Report on sanitation, dispensaries, and jails in Rajputana for 1909, and on vaccination for the year 1909-1910 - 1909-1910
Year: 1909
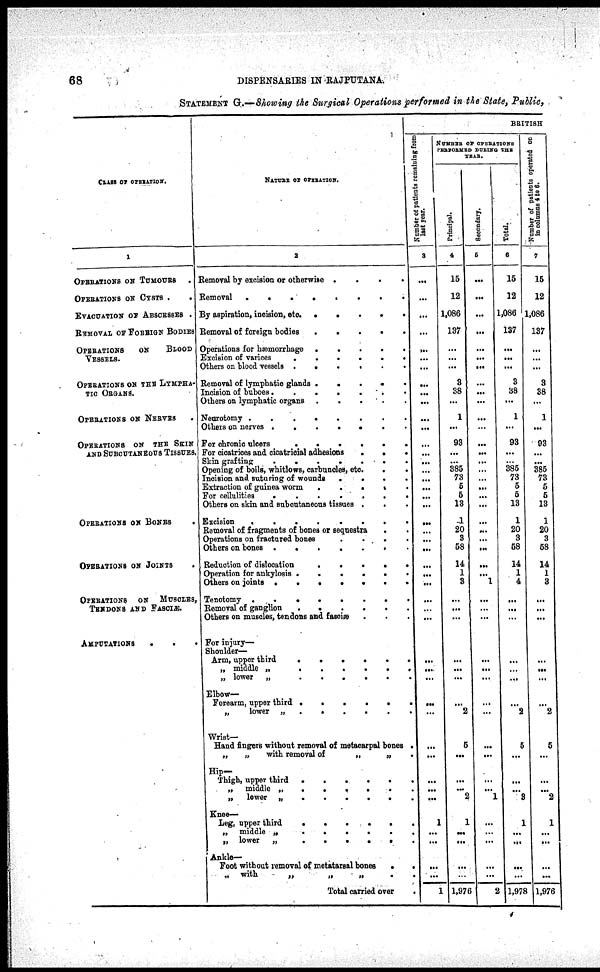
68
DISPENSARIES IN RAJPUTANA.
STATEMENT G.—Showing the Surgical Operations performed in the State, Public,
CLASS OF OPERATION.
1
OPERATIONS OF TUMOURS
OPERATIONS OF CYSTS .
.
EVACUATION OF ABSCESSES .
REMOVAL OF FOREIGN BODIES
OPERATIONS
ON
BLOOD
VESSELS.
OPERATIONS ON THE LYMPHA¬
TIC ORGANS.
OPERATIONS OF NERVES .
OPERATIONS ON THE SKIN
AND SUBCUTANEOUS TISSUES.
OPERATIONS ON BONES .
OPERATIONS ON JOINTS .
OPERATIONS
ON
MUSCLES,
TENDONS AND FASCIÆ.
AMPUTATIONS
NATURE OF OPERATION.
2
Removal by excision or otherwise .
.
.
.
Removal
.
.
.
.
.
.
.
.
By aspiration, incision, etc
.
.
.
.
.
Removal of foreign bodies
.
.
.
.
.
Operations for hæmarrhage
.
.
.
.
.
Excision of varices
.
.
.
.
.
.
Others on blood vessels .
.
.
.
.
.
Removal of lymphatic glands .
.
.
.
.
Incision of buboes . . . . . . .
Others on lymphatic organs .
.
. . .
Neurotomy
.
.
.
.
.
.
.
.
Others on nerves .
.
.
.
.
.
.
For chronic ulcers
.
.
.
.
.
.
For cicatrices and cicatricial adhesions
.
.
.
Skin grafting
.
.
.
.
.
.
.
Opening of boils, whitlows, carbuncles, etc.
. .
Incision and suturing of wounds .
.
.
Extraction of guinea worm
.
.
.
. .
For cellulities
.
.
.
.
.
.
.
Others on skin and subcutaneous tissues . . .
Excision
.
.
.
.
.
.
.
.
Removal of fragments of bones or sequestra . .
Operations on fractured bones
.
.
.
.
Others on bones . . . . . . . .
Reduction of dislocation
.
.
.
.
.
Operation for ankylosis .
.
.
.
.
.
Others on joints .
.
.
.
.
.
.
Tenotomy
.
.
.
.
.
.
.
.
.
.
Removal of ganglion
.
.
.
.
.
.
Others on muscles, tendons and fasciæ . . .
For injury—
Shoulder—
Arm, upper third
.
.
.
.
.
.
„ middle „ . . . . . .
„ lower „
.
.
.
.
.
.
Elbow—
Forearm, upper third . . . . . . .
„
lower „
.
.
.
.
.
.
Wrist—
Hand fingers without removal of metacarpal bones .
„
„
with removal of
„
„
.
Hip—
Thigh, upper third
.
.
.
.
.
.
„ middle „
.
.
.
.
.
„ lower „ . . . . . .
Knee—
Leg, upper third . . . . . .
„ middle „
.
.
.
.
.
.
„ lower „
.
.
.
.
.
.
Ankle—
Foot without removal of metatarsal bones
. .
„
With
„
„
„
. .
Total carried over .
BRITISH
Number of patients remaining from
3
...
...
...
...
...
...
...
...
...
...
...
...
...
...
...
...
...
...
...
...
...
...
...
...
...
...
...
...
...
...
...
...
...
...
...
...
...
...
...
...
1
...
...
...
...
1
NUMBER OF OPERATIONS
PERFORMED DURING THE
YEAR.
Principal.
4
15
12
1,086
137
...
...
...
3
38
...
1
...
93
...
...
385
73
5
5
13
1
20
3
58
14
1
3
...
...
...
...
...
...
...
2
5
...
...
...
2
1
...
...
...
...
1,976
Secondary.
5
...
...
...
...
...
...
...
...
...
...
...
...
...
...
...
...
...
...
...
...
...
...
...
...
...
...
1
...
...
...
...
...
...
...
...
...
...
...
...
1
...
...
...
...
...
2
Total.
6
15
12
1,086
137
...
...
...
3
38
...
1
...
93
...
...
385
73
5
5
13
1
20
3
58
14
1
4
...
...
...
...
...
...
...
2
5
...
...
...
3
1
...
...
...
...
1,978
Number of patients operated on
in columns 4 to 6.
7
15
12
1,086
137
...
...
...
3
38
...
1
...
93
...
...
385
73
5
5
13
1
20
3
58
14
1
3
...
...
...
...
...
...
...
2
5
...
...
...
2
1
...
...
...
...
1,976